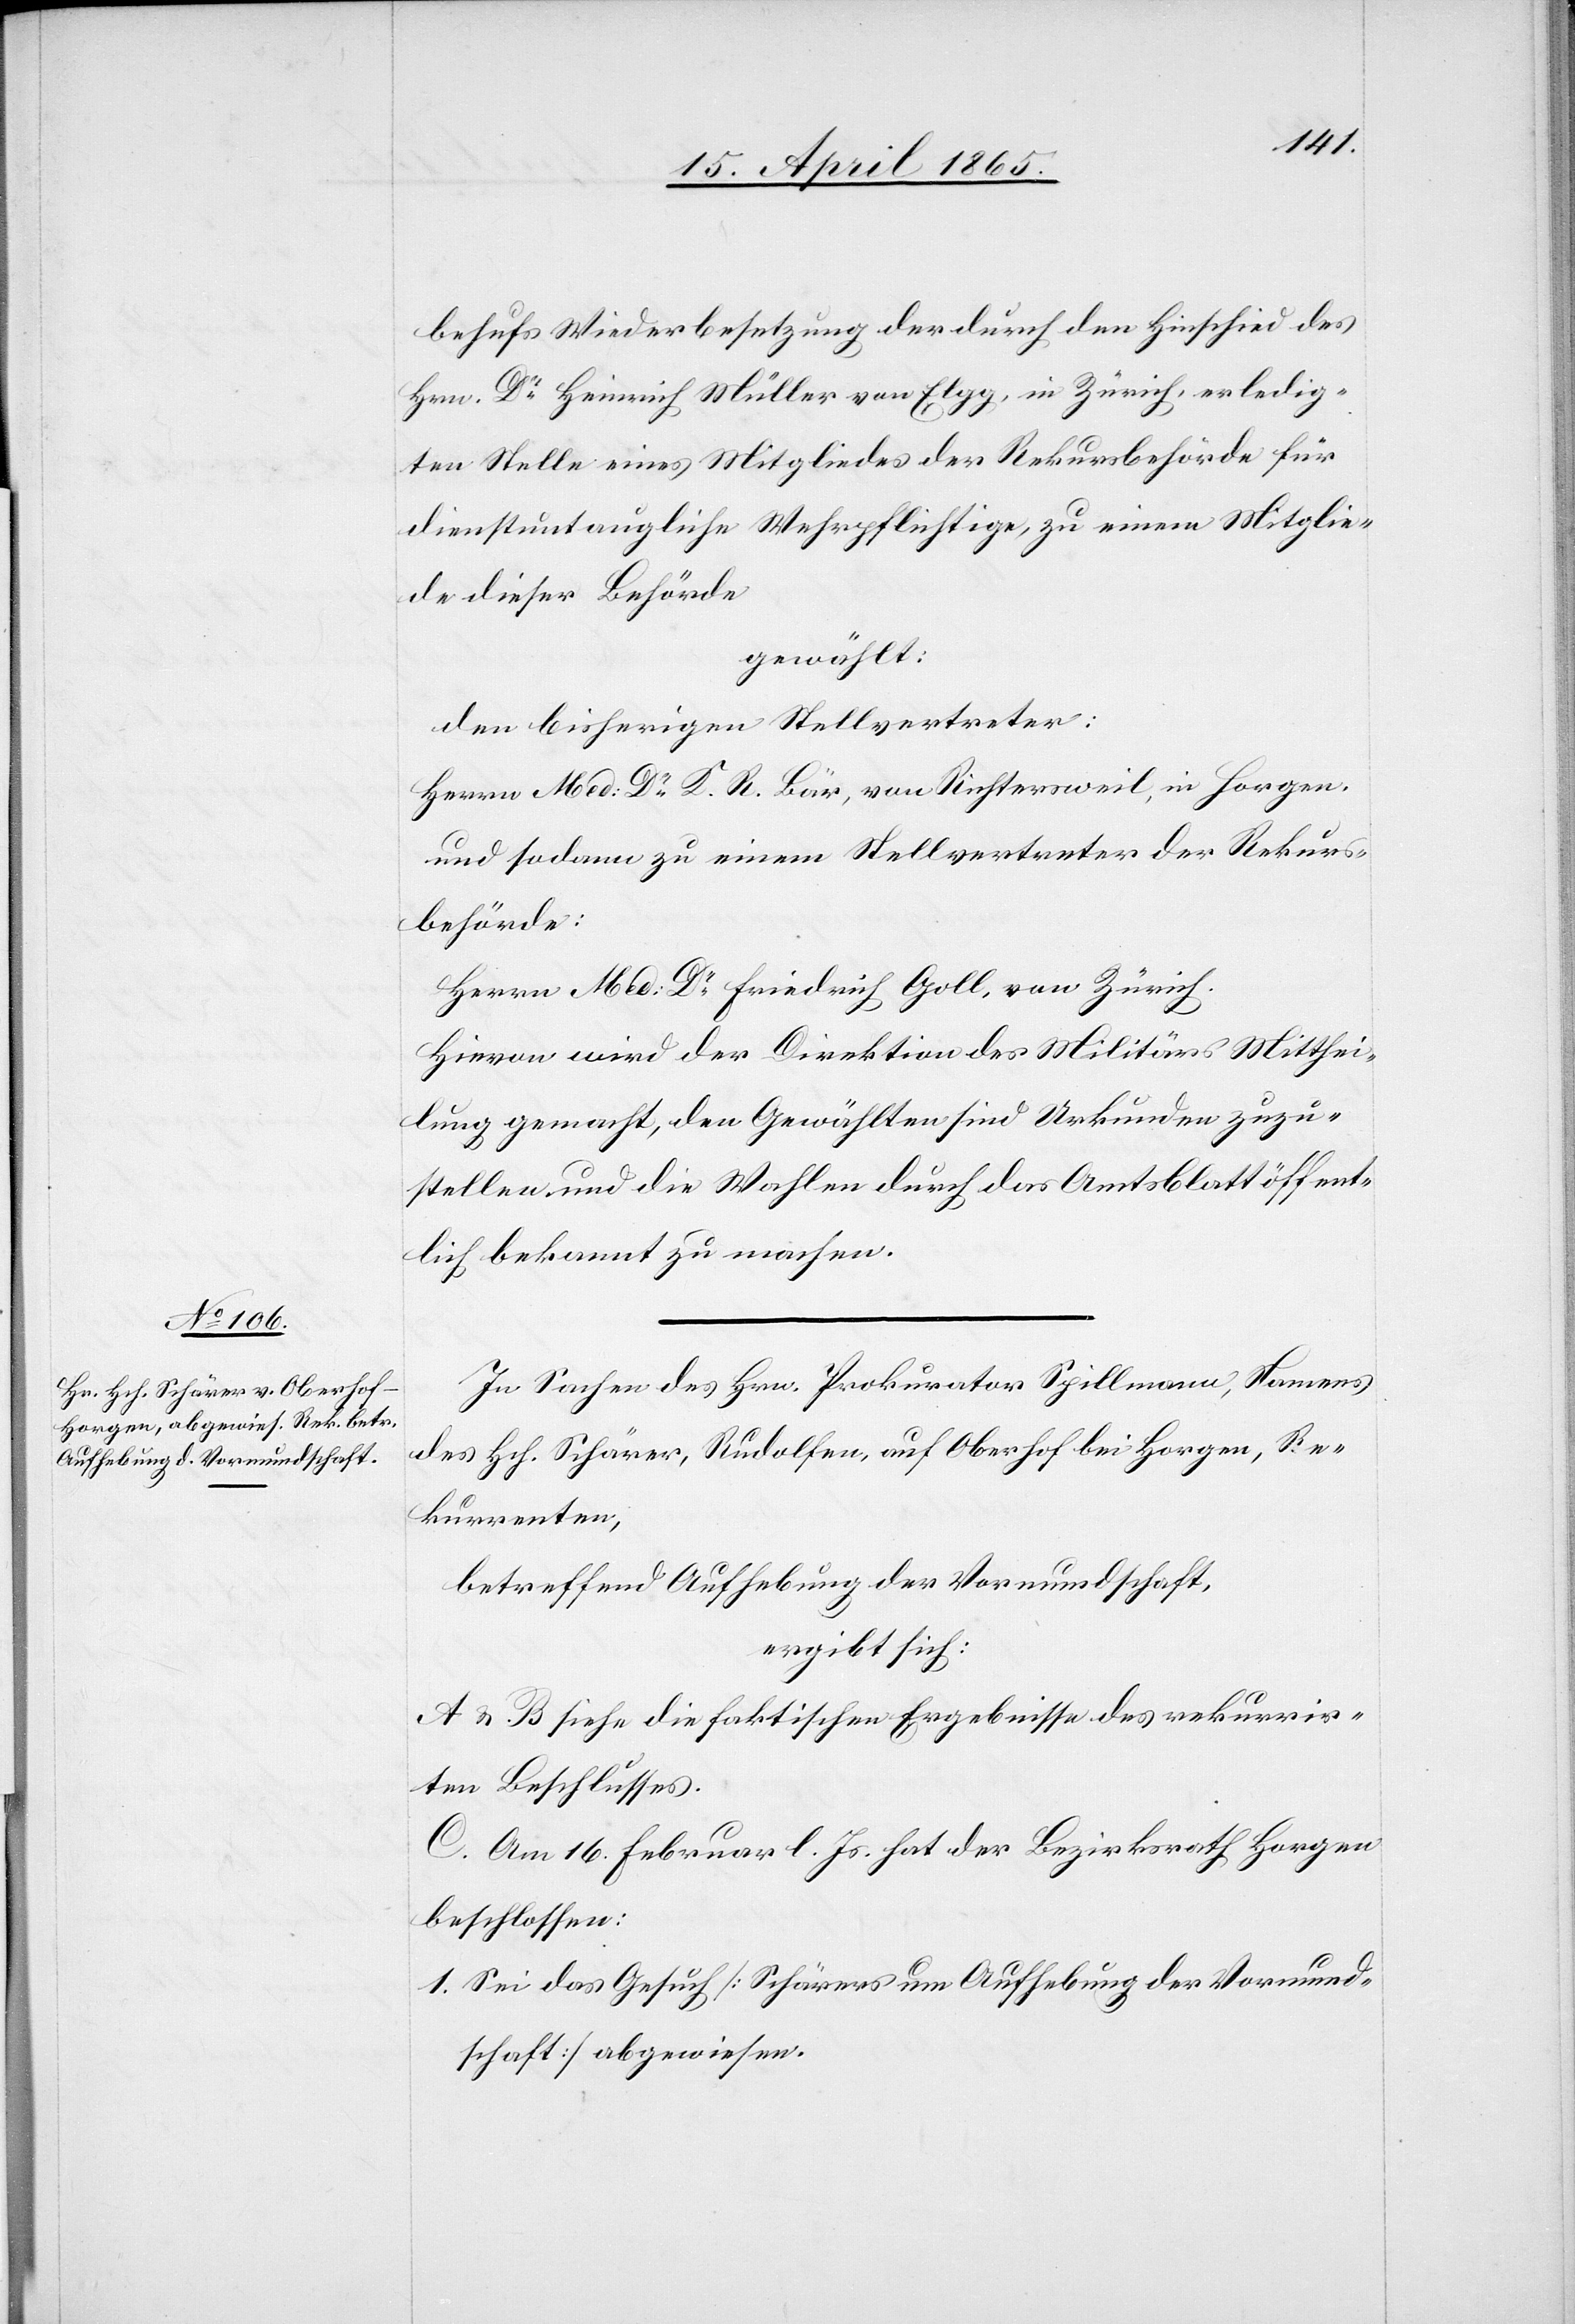
behufs Wiederbesetzung der durch den Hinschied des
Hrn. Dr Heinrich Müller von Elgg, in Zürich, erledig¬
ten Stelle eines Mitgliedes der Rekursbehörde für
dienstuntaugliche Wehrpflichtige, zu einem Mitglie¬
de dieser Behörde
gewählt:
den bisherigen Stellvertreter:
Herrn Med: Dr K. R. Bär, von Richtersweil, in Horgen.
und sodann zu einem Stellvertreter der Rekurs¬
behörde:
Herrn Med: Dr Friedrich Goll, von Zürich.
Hievon wird der Direktion des Militärs Mitthei¬
lung gemacht, den Gewählten sind Urkunden zuzu¬
stellen und die Wahlen durch das Amtsblatt öffent¬
lich bekannt zu machen.
In Sachen des Hrn. Prokurator Spillmann, Namens
des Hch. Schärer, Rudolfen, auf Oberhof bei Horgen, Re¬
kurrenten,
betreffend Aufhebung der Vormundschaft,
ergibt sich:
A & B siehe die faktischen Ergebnisse des rekurrir¬
ten Beschlusses.
C. Am 16. Februar l. Js. hat der Bezirksrath Horgen
beschlossen:
1. Sei das Gesuch [Schärers um Aufhebung der Vormund¬
schaft] abgewiesen.